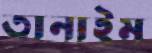
তানাইম